Civil Veterinary Dept. North-West Frontier Province 1923-32 - 1923-1932
Year: 1923
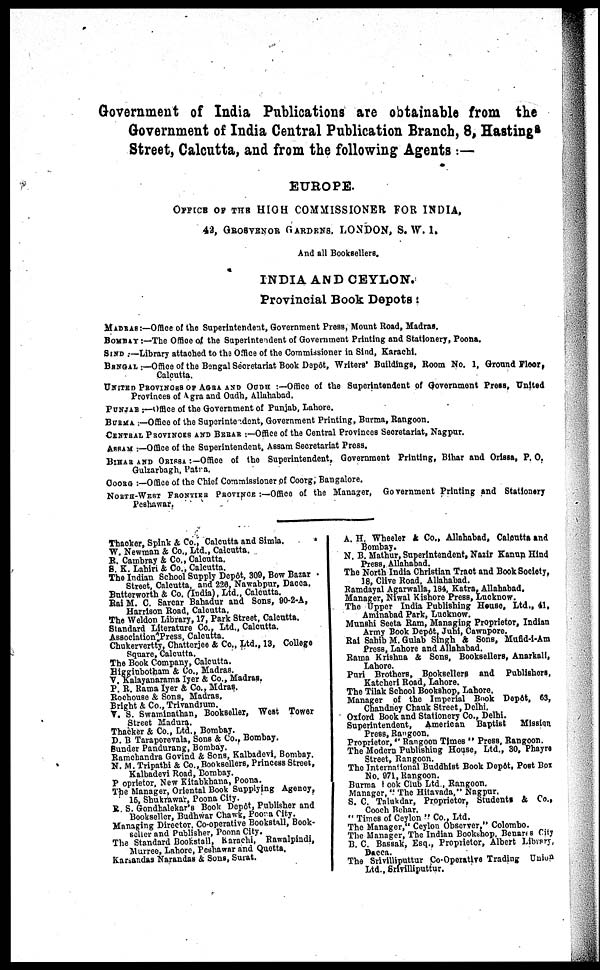
Government of India Publications are obtainable from the
Government of India Central Publication Branch, 8, Hastings
Street, Calcutta, and from the following Agents :—
EUROPE.
OFFICE OF THE HIGH COMMISSIONER FOR INDIA.
42, GROSVENOR GARDENS. LONDON, S.W.1.
And all Booksellers.
INDIA AND CEYLON.
Provincial Book Depots :
MADRAS :—Office of the Superintendent, Government Press, Mount Road, Madras.
BOMBAY :—The Office of the Superintendent of Government Printing and Stationery, Poona.
SIND :—Library attached to the Office of the Commissioner in Sind, Karachi.
BENGAL :—Office of the Bengal Secretariat Book Depôt, Writers' Buildings, Room No. 1, Ground Floor,
Calcutta.
UNITED PROVINCES OF AGRA AND OUDH :—Office of the Superintendent of Government Press, United
Provinces of Agra and Oudh, Allahabad.
PUNJAB :—Office of the Government of Punjab, Lahore.
BURMA :—Office of the Superintendent, Government Printing, Burma, Rangoon.
CENTRAL PROVINCES AND BERAR :—Office of the Central Provinces Secretariat, Nagpur.
ASSAM :—Office of the Superintendent, Assam Secretariat Press.
BIHAR AND ORISSA :— Office of the Superintendent, Government Printing, Bihar and Orissa, P. O.
Gulzarbagh, Patna.
COORG :—Office of the Chief Commissioner of Coorg, Bangalore.
NORTH-WEST FRONTIER PROVINCE :—Office of the Manager, Government Printing and Stationery
Peshawar.
Thacker, Spink & Co., Calcutta and Simla.
W. Newman & Co., Ltd., Calcutta.
R. Cambray & Co., Calcutta.
S. K. Lahiri & Co., Calcutta.
The Indian School Supply Depôt, 309, Bow Bazar
Street, Calcutta, and 228, Nawabpur, Dacca.
Butterworth & Co. (India), Ltd., Calcutta.
Rai M. C. Sarcar Bahadur and Sons, 90-2-A,
Harrison Road, Calcutta.
The Weldon Library, 17, Park Street, Calcutta.
Standard Literature Co., Ltd., Calcutta.
Association Press, Calcutta.
Chukervertty, Chatterjee & Co., Ltd., 13, College
Square, Calcutta.
The Book Company, Calcutta.
Higginbotham & Co., Madras.
V. Kalayanarama Iyer & Co., Madras.
P. R. Rama Iyer & Co., Mdras.
Rochouse & Sons, Madras.
Bright & Co., Trivandrum.
V. S. Swaminathan, Bookseller, West Tower
Street Madura.
Thacker & Co., Ltd., Bombay.
D. B Taraporevala, Sons & Co., Bombay.
Sunder Pandurang, Bombay.
Ramchandra Govind & Sons, Kalbadevi, Bombay.
N. M. Tripathi & Co., Booksellers, Princess Street,
Kalbadevi Road, Bombay.
Proprietor, New Kitabkhana, Poona.
The Manager, Oriental Book Supplying Agency,
15, Shukrawar, Poona City.
R. S. Gondhalekar's Book Depôt, Publisher and
Bookseller, Budhwar Chawk, Poona City.
Managing Director. Co-operative Bookstall, Book-
seller and Publisher, Poona City.
The Standard Bookstall, Karachi, Rawalpindi,
Murree, Lahore, Peshawar and Quetta.
Karsandas Narandas & Sons, Surat.
A. H. Wheeler & Co., Allahabad, Calcutta and
Bombay.
N. B. Mathur, Superintendent, Nazir Kanun Hind
Press, Allahabad.
The North India Christian Tract and Book Society,
18, Clive Road, Allahabad.
Ramdayal Agarwalla, 184, Katra, Allahabad.
Manager, Niwal Kishore Press, Lucknow.
The Upper India Publishing House, Ltd., 41,
Aminabad Park, Lucknow.
Munshi Seeta Ram, Managing Proprietor, Indian
Army Book Depôt. Juhi, Cawnpore.
Rai Sahib M. Gulab Singh & Sons, Mufid-i-Am
Press, Lahore and Allahabad.
Rama Krishna & Sons, Booksellers, Anarkali,
Lahore.
Puri Brothers, Booksellers and Publishers,
Katcheri Road, Lahore.
The Tilak School Bookshop, Lahore.
Manager of the Imperial Book Depôt, 63,
Chandney Chauk Street, Delhi.
Oxford Book and Stationery Co., Delhi.
Superintendent, American Baptist
Mission
Press, Rangoon.
Proprietor, " Rangoon Times " Press, Rangoon.
The Modern Publishing House, Ltd., 30, Phayre
Street, Rangoon.
The International Buddhist Book Depôt, Post Box
No. 971, Rangoon.
Burma took Club Ltd., Rangoon.
Manager, " The Hitavada," Nagpur.
S. C. Talukdar, Proprietor, Students & Co.,
Cooch Behar.
" Times of Ceylon " Co., Ltd.
The Manager," Ceylon Observer," Colombo.
The Manager, The Indian Bookshop. Benares City
B. C. Bassak, Esq., Proprietor, Albert Library,
Dacca.
The Srivilliputtur Co-Operative Trading Union
Ltd., Srivilliputtur.